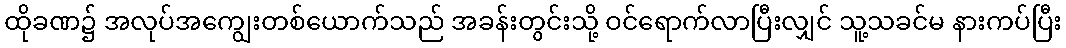
ထိုခဏ၌ အလုပ်အကျွေးတစ်ယောက်သည် အခန်းတွင်းသို့ ဝင်ရောက်လာပြီးလျှင် သူ့သခင်မ နားကပ်ပြီး